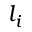
l _ { i }